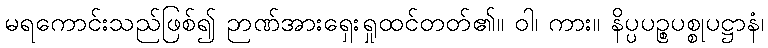
မရကောင်းသည်ဖြစ်၍ ဉာဏ်အားရှေးရှုထင်တတ်၏။ ဝါ၊ ကား။ နိပ္ပပဉ္စပစ္စုပဋ္ဌာနံ၊